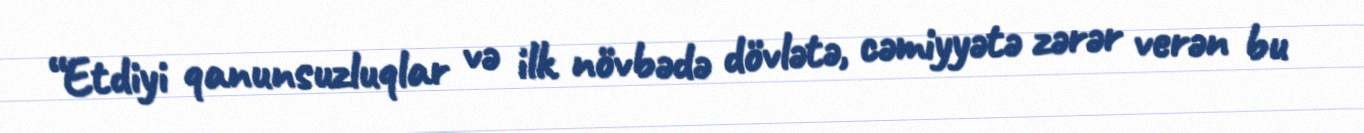
“Etdiyi qanunsuzluqlar və ilk növbədə dövlətə, cəmiyyətə zərər verən bu